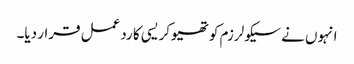
انہوں نے سیکولرزم کو تھیوکریسی کا ردعمل قرار دیا۔